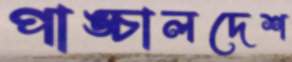
পাঙ্চালদেশ